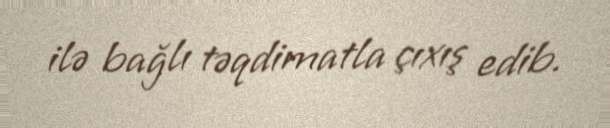
ilə bağlı təqdimatla çıxış edib.